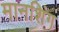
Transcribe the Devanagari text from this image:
मानशिंग